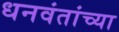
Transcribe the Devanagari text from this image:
धनवंतांच्या